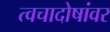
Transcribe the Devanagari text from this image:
त्वचादोषांवर